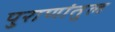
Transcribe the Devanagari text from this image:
पुराणांतुल